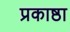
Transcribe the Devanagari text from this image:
प्रकाष्ठा